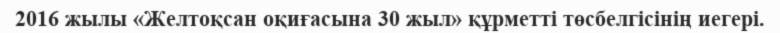
2016 жылы «Желтоқсан оқиғасына 30 жыл» құрметті төсбелгісінің иегері.